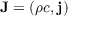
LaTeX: \mathbf { J } = ( \rho c , \mathbf { j } )